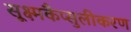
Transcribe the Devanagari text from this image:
सूक्ष्मकैप्सुलीकरण